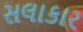
સલાકાર